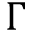
\Gamma